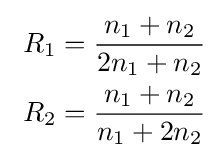
{\begin{aligned}~R_{1}&={\frac {n_{1}+n_{2}}{2n_{1}+n_{2}}}\\~R_{2}&={\frac {n_{1}+n_{2}}{n_{1}+2n_{2}}}\end{aligned}}